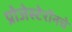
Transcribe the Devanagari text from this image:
प्रोजेस्टेरॉनचे